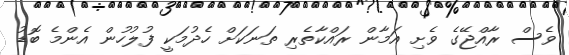
ވެސް ރާއްޖޭގެ ވެށި އަމާން ރައްކާތެރި ތަނަކަށް ހެދުމަކީ ފުލުހުން އެންމެ ބޮޑު